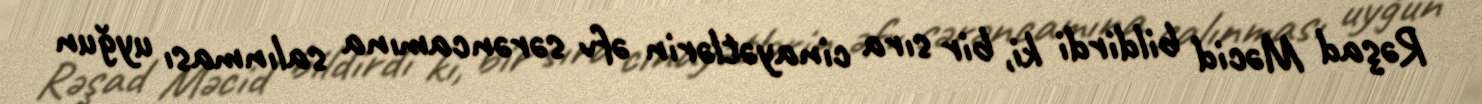
Rəşad Məcid bildirdi ki, bir sıra cinayətlərin əfv sərəncamına salınması uyğun